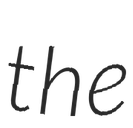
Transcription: the